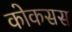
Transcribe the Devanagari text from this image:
कोकसस